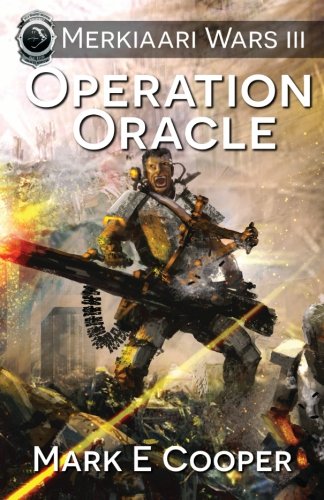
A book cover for Operation Oracle: Merkiaari Wars (Volume 3); Mark E. Cooper; Science Fiction & Fantasy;